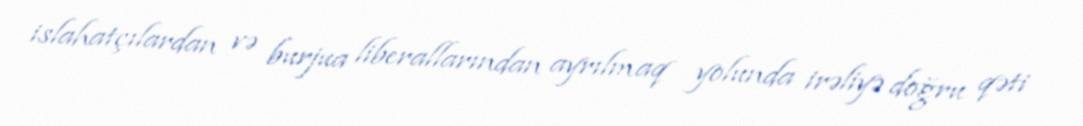
islahatçılardan və burjua liberallarından ayrılmaq yolunda irəliyə doğru qəti